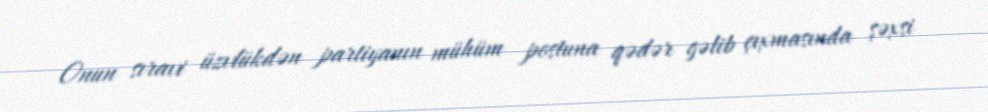
Onun sıravi üzvlükdən partiyanın mühüm postuna qədər gəlib çıxmasında şəxsi